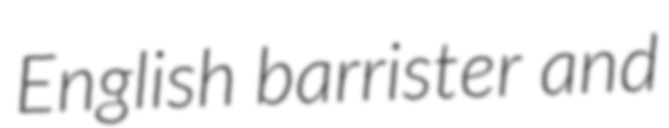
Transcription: English barrister and